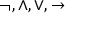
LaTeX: \neg , \land , \lor , \rightarrow